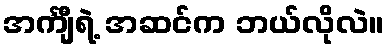
အင်္ကျီရဲ့ အဆင်က ဘယ်လိုလဲ။